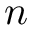
n